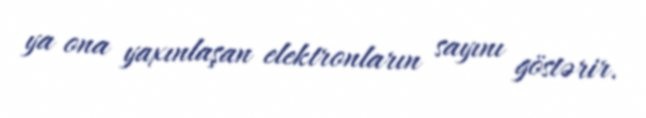
ya ona yaxınlaşan elektronların sayını göstərir.